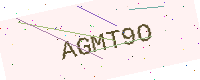
Text: AGMT9O